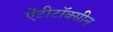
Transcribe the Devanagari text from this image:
ऐंटीटॉक्सीन